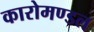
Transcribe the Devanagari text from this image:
कारोमण्डल